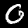
Label: 0